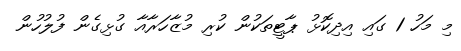
މި މަހު 1 ގައި އިދިކޮޅު ޕާޓީތަކުން ކުރި މުޒާހަރާއާ ގުޅިގެން ފުލުހުން